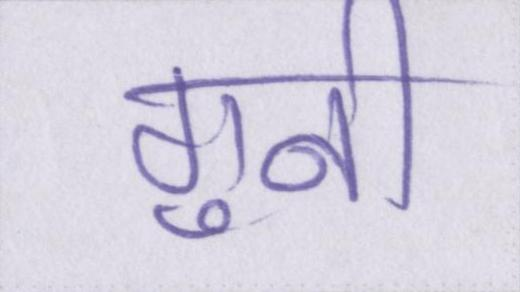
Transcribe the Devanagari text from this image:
गुनी